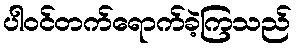
ပါဝင်တက်ရောက်ခဲ့ကြသည်